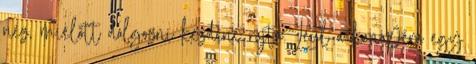
néz, mielőtt dolgozni kezdene rajta. Leül a kanapéra egy